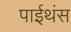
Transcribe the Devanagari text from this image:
पाईथंस